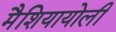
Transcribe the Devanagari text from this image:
मैशियायोली